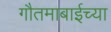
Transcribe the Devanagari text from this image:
गौतमाबाईच्या